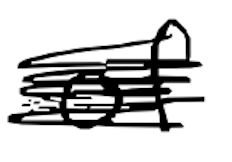
Text: of
Cross-out: mix
Writing tool: digital_black